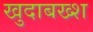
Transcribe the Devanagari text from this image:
खुदाबख्श